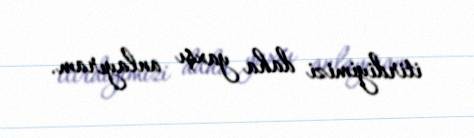
itirdiyimizi daha yaxşı anlayıram.